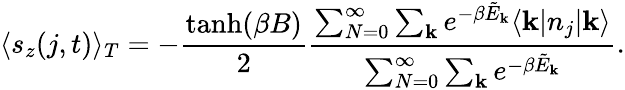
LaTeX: \langle s_{z}(j,t)\rangle_{T}=-\frac{\operatorname{tanh}(\beta B)}{2}\frac{\sum_{N=0}^{\infty}\sum_{\mathbf{k}}e^{-\beta\tilde{E}_{\mathbf{k}}}\langle\mathbf{k}|n_{j}|\mathbf{k}\rangle}{\sum_{N=0}^{\infty}\sum_{\mathbf{k}}e^{-\beta\tilde{E}_{\mathbf{k}}}}.